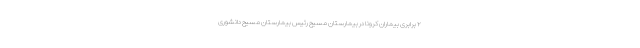
۲ برابری بیماران کرونا در بیمارستان مسیح رئیس بیمارستان مسیح دانشوری